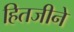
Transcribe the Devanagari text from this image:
हितजीने